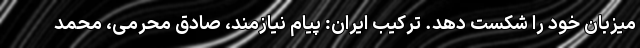
میزبان خود را شکست دهد. ترکیب ایران: پیام نیازمند، صادق محرمی، محمد